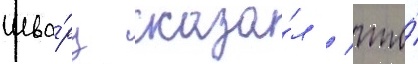
Шва́рц сказа́л / что́